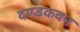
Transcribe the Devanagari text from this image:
दण्डकवन